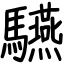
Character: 驠